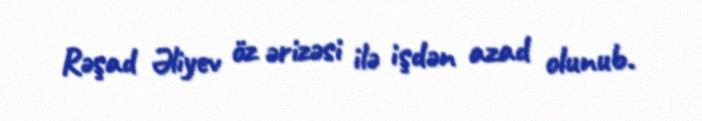
Rəşad Əliyev öz ərizəsi ilə işdən azad olunub.